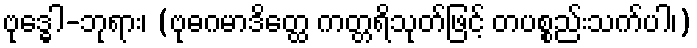
ဗုဒ္ဓေါ-ဘုရား၊ (ဗုဓဂမာဒိတ္ထေ ကတ္တရိသုတ်ဖြင့် တပစ္စည်းသက်ပါ၊)